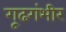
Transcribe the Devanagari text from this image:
गूढगंभीर